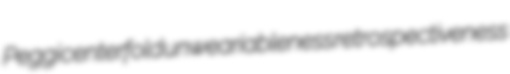
Peggi centerfold unweariableness retrospectiveness